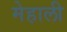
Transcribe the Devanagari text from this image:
मेहाली